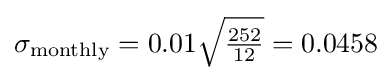
\sigma _{\text{monthly}}=0.01{\sqrt {\tfrac {252}{12}}}=0.0458